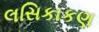
લસિકાકણ